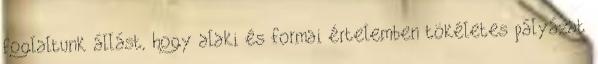
foglaltunk állást, hogy alaki és formai értelemben tökéletes pályázat